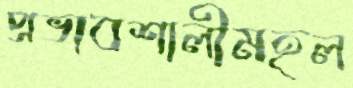
প্রভাবশালীমহল